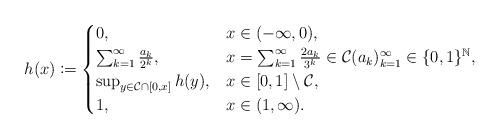
LaTeX: \begin{align*}h(x) \coloneqq \begin{cases}0, & x \in (-\infty,0),\\\sum_{k=1}^\infty \frac{a_k}{2^k}, &x = \sum_{k=1}^\infty \frac{2a_k}{3^k} \in \mathcal C (a_k)_{k=1}^\infty \in \{0,1\}^{\mathbb N},\\\sup_{y \in \mathcal C \cap [0,x]} h(y), & x \in [0,1] \setminus \mathcal C, \\1, & x \in (1,\infty).\end{cases} \end{align*}